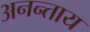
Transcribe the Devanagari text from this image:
अनन्ताय